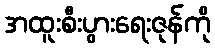
အထူးစီးပွားရေးဇုန်ကို